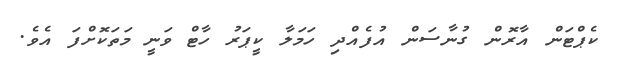
ކެޕްޓަން އާރޮން ގުނާސަން އުފެއްދި ހަމަލާ ކީޕަރު ހާޓް ވަނީ މަތަކޮށްފަ އެވެ.